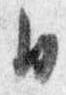
日